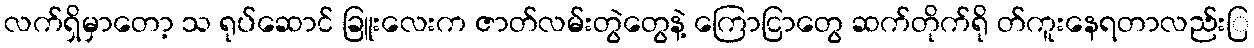
လက်ရှိမှာတော့ သ ရုပ်ဆောင် ခြူးလေးက ဇာတ်လမ်းတွဲတွေနဲ့ ကြောငြာတွေ ဆက်တိုက်ရို တ်ကူးနေရတာလည်းြ